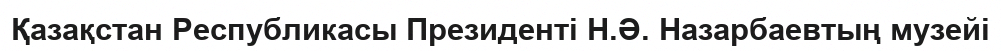
Қазақстан Республикасы Президенті Н.Ә. Назарбаевтың музейі